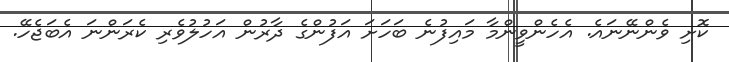
ކޮށި ވެންނޭނައެ. އެހެންވީންމާ މައިފުނެ ބަހަށަ އަފުންގެ ދާރުން އަހުލުވެރި ކެރަންނަ އެބަޖެހޭ.